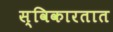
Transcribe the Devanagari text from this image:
स्विकारतात